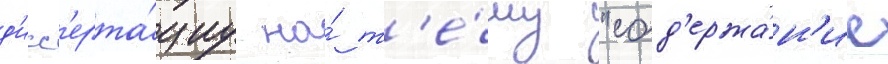
д'исс'ерта́циу на́ т'е́му "сод'ержа́н'ие